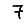
Digit: 7